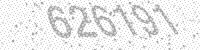
Solution: 626191